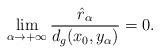
LaTeX: \begin{align*}\lim_{\alpha\rightarrow+\infty}\frac{\hat{r}_\alpha}{d_g(x_0, y_\alpha)} = 0.\end{align*}